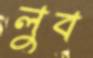
লুব